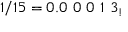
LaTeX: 1 / 1 5 = 0 . 0 \ 0 \ 0 \ 1 \ 3 _ { ! }